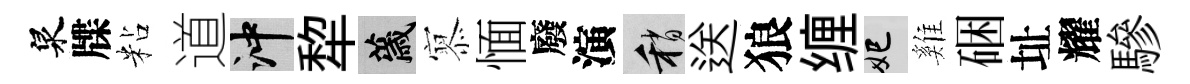
泉牒粘道冲犂薉𡪹愐廢演稍送狼缠妃雞硱址耀驂